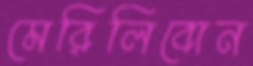
মেরিলিবোন